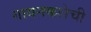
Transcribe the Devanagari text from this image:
गायनकलेची